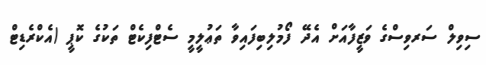
ސިވިލް ސަރވިސްގެ ވަޒީފާއަށް އެދޭ ފޯމުލިބިފައިވާ ތަޢުލީމީ ސެޓްފިކެޓް ތަކުގެ ކޮޕީ (އެކްރެޑިޓް